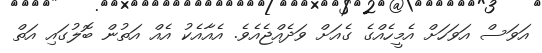
އަވަސް އަވަހަށް އެމީހެއްގެ ގެއަށް ވަދެއްޖެއެވެ. އެއާއެކު އެއް އަތުން ބޮލުގައި އަތް